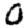
Digit: 0